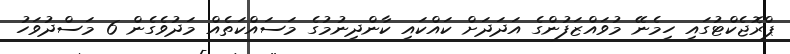
ޕްރޮޖެކްޓުގައި ހިމެނޭ މުވައްޒަފުންގެ އަދަދަށް ކައްކައި ކާންދިނުމުގެ މަސައްކަތެއް މަދުވެގެން 6 މަސްދުވަހު